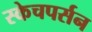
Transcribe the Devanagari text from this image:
स्केचपर्सन